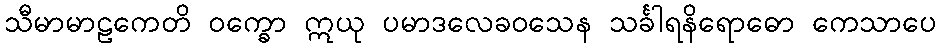
သီမာမာဠကေတိ ဝက္ခော ဣယု ပမာဒလေခဝသေန သင်္ခါရနိရောဓော ကေသာပေ